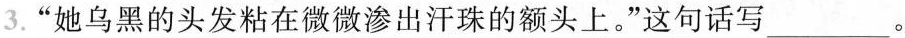
3.”她乌黑的头发粘在微微渗出汗珠的额头上。”这句话写___。